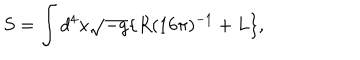
S = \int { d ^ { 4 } x \sqrt { - g } \{ R ( 1 6 \pi ) ^ { - 1 } + L \} } ,